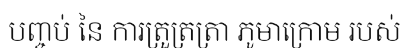
បញ្ចប់ នៃ ការត្រួត្រត្រា ភូមាក្រោម របស់